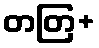
တတြ+